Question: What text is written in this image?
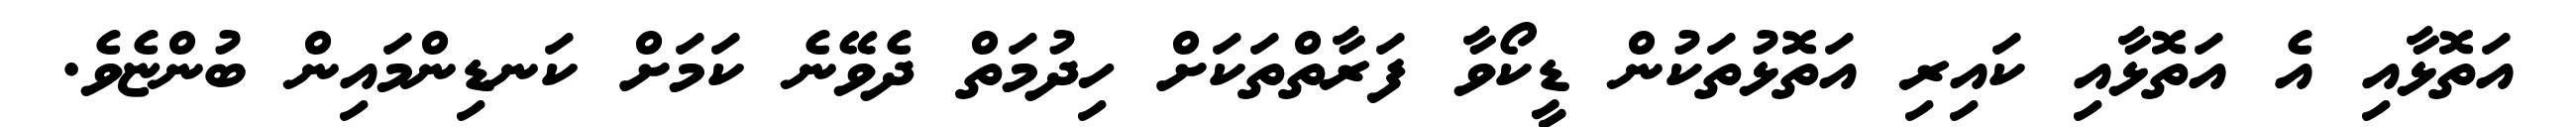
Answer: އަތޮޅާއި އެ އަތޮޅާއި ކައިރި އަތޮޅުތަކުން ޑީކޯވާ ފަރާތްތަކަށް ހިދުމަތް ދެވޭނެ ކަމަށް ކަނޑިންމައިން ބުންޏެވެ.